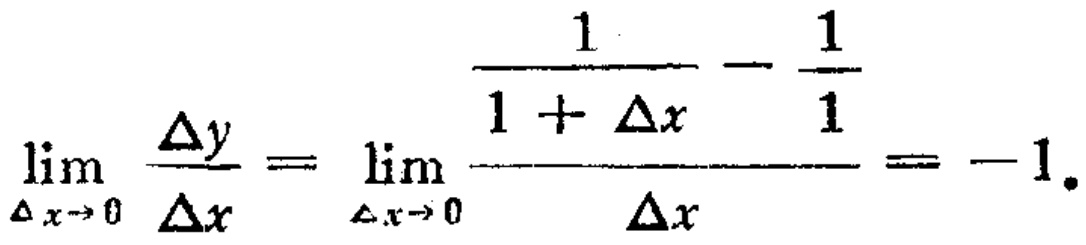
\(\lim_{\Delta x \to 0} \frac{\Delta y}{\Delta x} = \lim_{\Delta x \to 0} \frac{\frac{1}{1 + \Delta x} - \frac{1}{1}}{\Delta x} = -1.\)